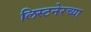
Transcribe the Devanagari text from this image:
लिस्टनेरच्या